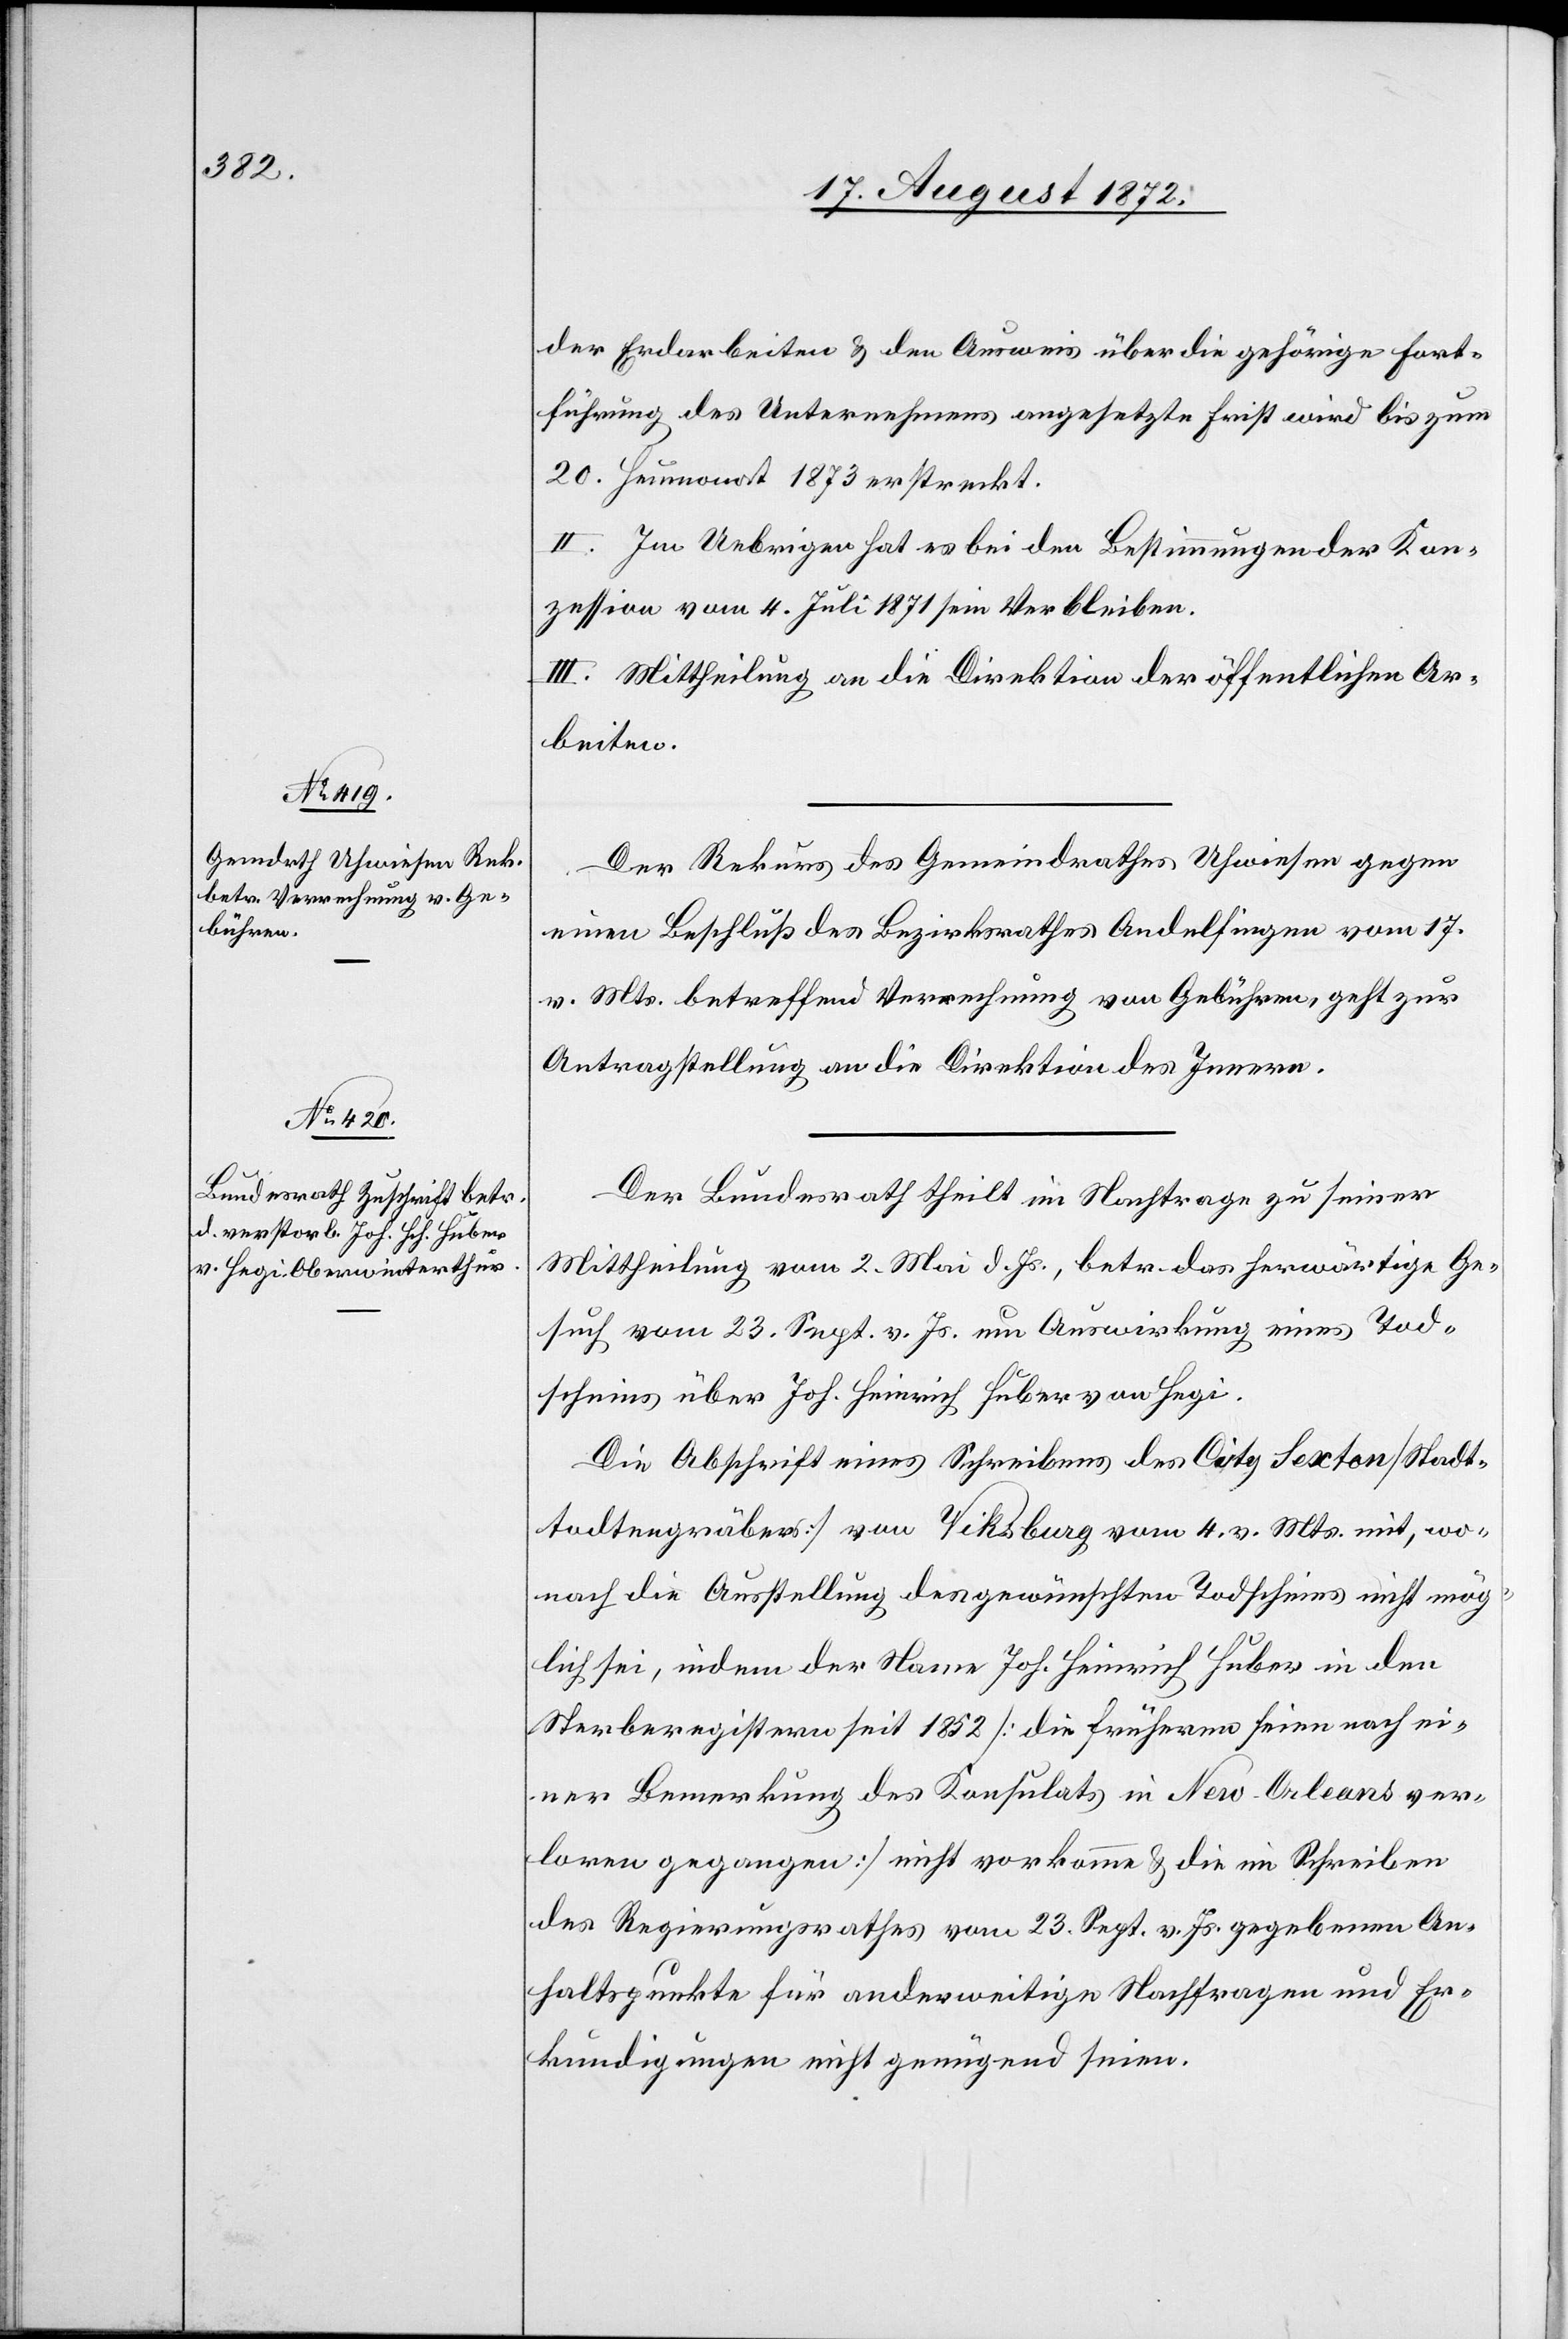
20. August 1872.]
der Erdarbeiten u. den Ausweis über die gehörige Fort¬
führung des Unternehmens angesetzte Frist wird bis zum
20. Heumonat 1873 erstreckt.
II. Im Uebrigen hat es bei den Bestimmungen der Kon¬
zession vom 4. Juli 1871 sein Verbleiben.
III. Mittheilung an die Direktion der öffentlichen Ar¬
beiten.
Der Rekurs des Gemeindrathes Uhwiesen gegen
einen Beschluß des Bezirksrathes Andelfingen vom 17.
v. Mts. betreffend Verrechnung von Gebühren, geht zur
Antragstellung an die Direktion des Innern.
Der Bundesrath theilt im Nachtrage zu seiner
Mittheilung vom 2. Mai d. Js, betr. das herwärtige Ge¬
such vom 23. Sept. v. Js. um Auswirkung eines Tod¬
scheines über Joh. Heinrich Huber von Hegi.
Die Abschrift eines Schreibens des City Sexton [Stadt¬
todtengräbers] von Viksburg vom 4. v. Mts. mit, wo¬
nach die Ausstellung des gewünschten Todscheins nicht mög¬
lich sei, indem der Name Joh. Heinrich Huber in den
Sterberegistern seit 1852 [die früheren seien nach ei¬
ner Bemerkung des Konsulats in New-Orleans ver¬
loren gegangen] nicht vorkomme u. die im Schreiben
des Regierungsrathes vom 23. Sept. v. Js. gegebenen An¬
haltspunkte für anderweitige Nachfragen und Er¬
kundigungen nicht genügend seien.